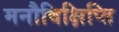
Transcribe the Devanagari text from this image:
मनौविक्षिप्ति